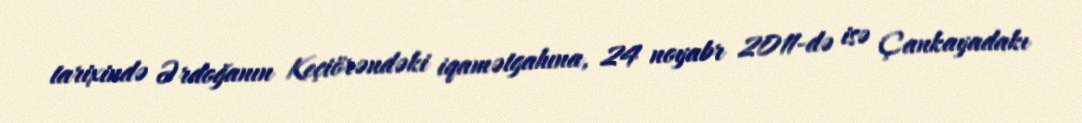
tarixində Ərdoğanın Keçiörəndəki iqamətgahına, 24 noyabr 2011-də isə Çankayadakı